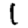
Digit: 1